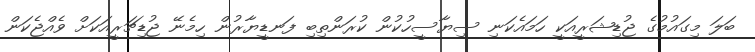
ބަލަ މިގައުމުގެ ޖުޑިޝަރީއަކީ ހަމައެކަނި ސިޔާސީހުކުން ކުރަންތިބި ފަނޑީޔާރުން ހިމެނޭ ޖުޑިޗަރީއަކަށް ވެއްޖެކަން